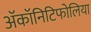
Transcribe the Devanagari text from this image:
ॲकॉनिटिफोलिया